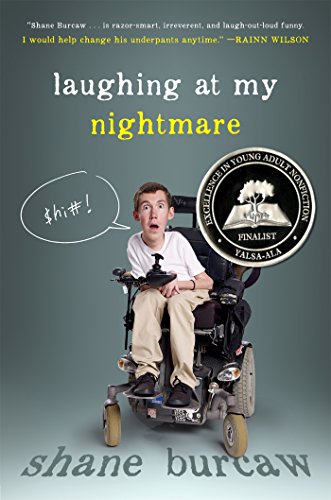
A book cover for Laughing at My Nightmare; Shane Burcaw; Teen & Young Adult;